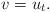
LaTeX: \begin{align*}v=u_t.\end{align*}